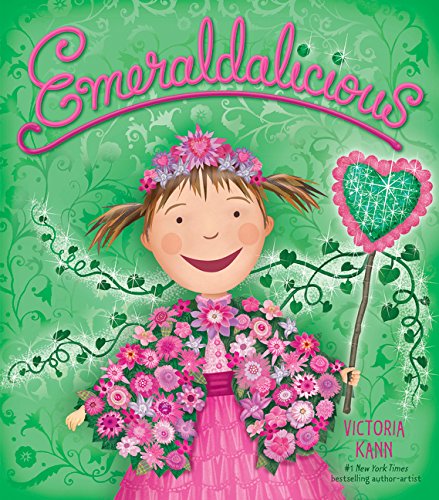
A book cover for Emeraldalicious (Pinkalicious); Victoria Kann; Children's Books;